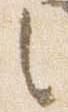
之